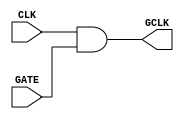
module clock_gating (
    input wire CLK,      // Main clock signal
    input wire GATE,     // Control signal for clock gating
    output wire GCLK     // Gated clock signal
);

// Clock gating logic using AND gate
assign GCLK = CLK & GATE;

endmodule